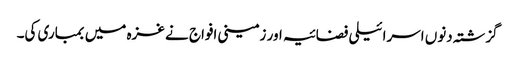
گزشتہ دنوں اسرائیلی فضائیہ اور زمینی افواج نے غزہ میں بمباری کی۔